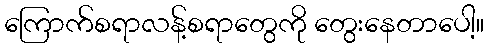
ကြောက်စရာလန့်စရာတွေကို တွေးနေတာပေါ့။